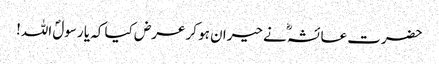
حضرت عائشہؓ نے حیران ہو کر عرض کیا کہ یا رسولؐ اللہ!